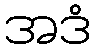
အဒံ